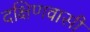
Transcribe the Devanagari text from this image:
दक्षिणवासी